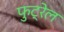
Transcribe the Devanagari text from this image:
फुट्रेल